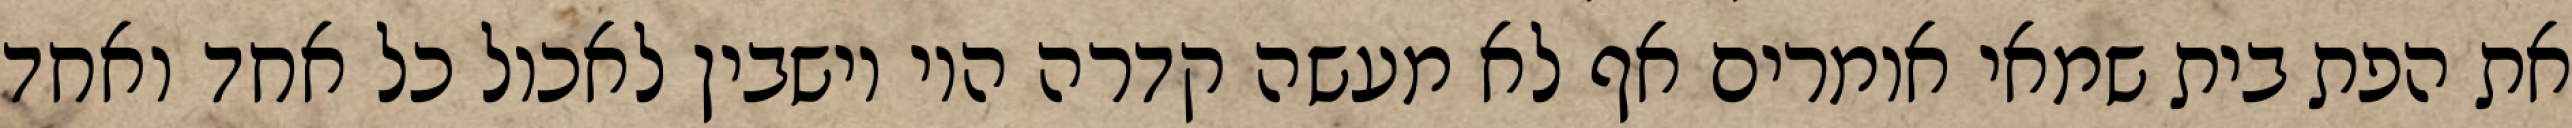
את הפת בית שמאי אומרים אף לא מעשה קדרה היו יושבין לאכול כל אחד ואחד